Senior Leaving Certificate Examination (including Day School Certificate (Higher) General paper), 1946
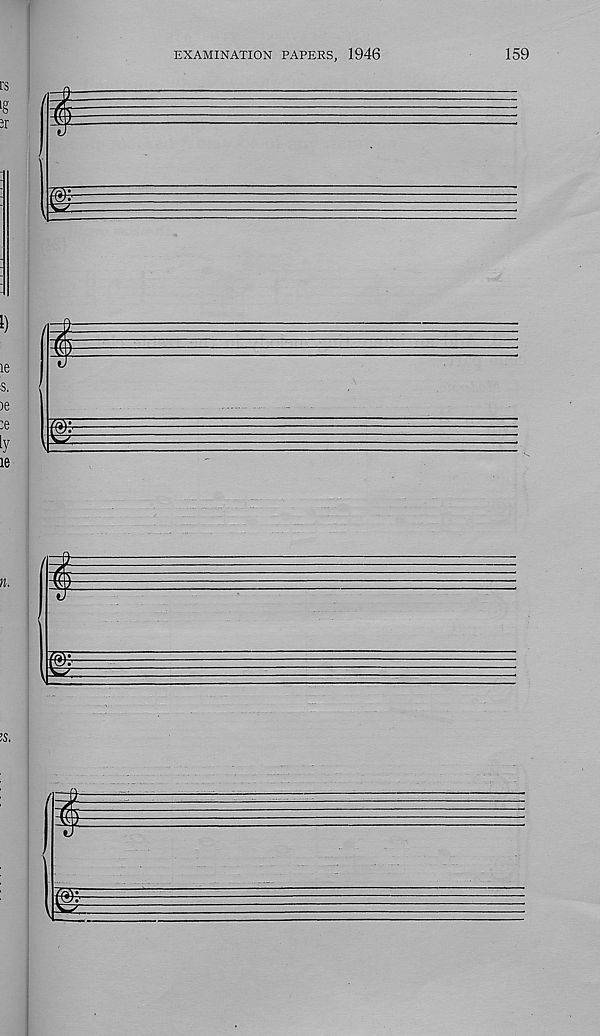
EXAMINATION PAPERS, 1946
159
1